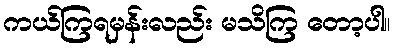
ကယ်ကြရမှန်းလည်း မသိကြ တော့ပါ။